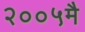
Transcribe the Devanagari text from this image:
२००५मै